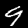
Digit: 9